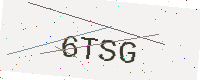
Text: 6TSG